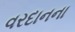
વરદાનના